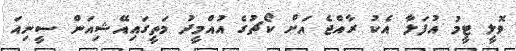
ވޮލީ ޓީމު އުފަލާ އެކު ރާއްޖެ އަށް ކޯޗުގެ އުއްމީދު މަތީގައިއޭޝިއަން ސީނިއަ